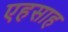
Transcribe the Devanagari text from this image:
एहसाह